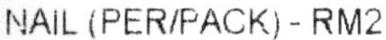
NAIL (PER/PACK)-RM2